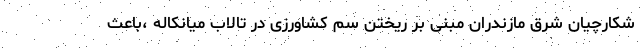
شکارچیان شرق مازندران مبنی بر ریختن سم کشاورزی در تالاب میانکاله ،باعث